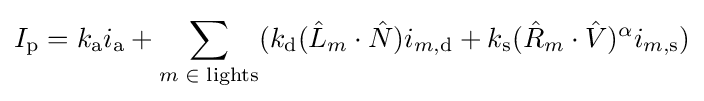
I_{\text{p}}=k_{\text{a}}i_{\text{a}}+\sum _{m\;\in \;{\text{lights}}}(k_{\text{d}}({\hat {L}}_{m}\cdot {\hat {N}})i_{m,{\text{d}}}+k_{\text{s}}({\hat {R}}_{m}\cdot {\hat {V}})^{\alpha }i_{m,{\text{s}}})